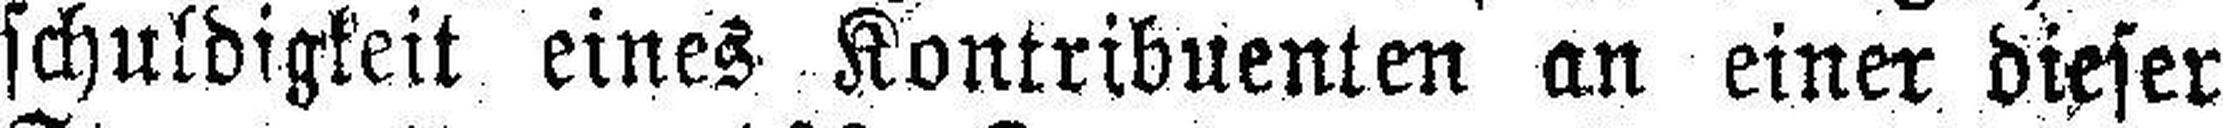
schuldigkeit eines Kontribuenten an einer dieser